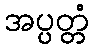
အပ္ပတ္တံ